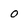
Character: o